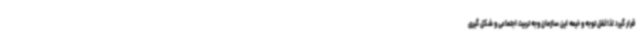
قرار گیرد لذا ثقل توجه و خیمه این سازمان وجه تربیت اجتماعی و شکل گیری